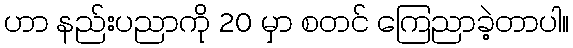
ဟာ နည်းပညာကို 20 မှာ စတင် ကြေညာခဲ့တာပါ။